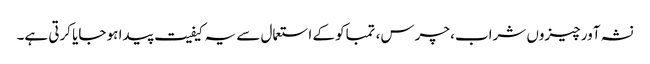
نشہ آور چیزوں شراب، چرس، تمباکو کے استعمال سے یہ کیفیت پیدا ہو جایا کرتی ہے۔